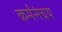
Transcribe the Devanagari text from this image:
कर्मसंचय